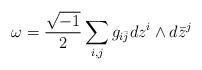
LaTeX: \begin{align*}\omega = \frac{\sqrt{-1}}{2} \sum_{i,j} g_{i\bar j} d z^i \wedge d\bar z^j\end{align*}